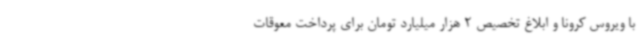
با ویروس کرونا و ابلاغ تخصیص 2 هزار میلیارد تومان برای پرداخت معوقات